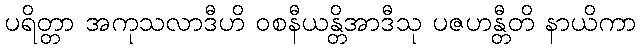
ပရိတ္တာ အကုသလာဒီဟိ ဝစနီယန္တိအာဒီသု ပဇဟန္တီတိ နာယိကာ